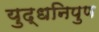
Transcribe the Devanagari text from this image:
युद्धनिपुण